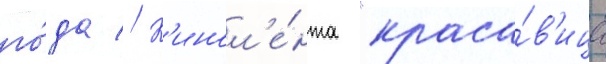
го́да // К'инол'е́нта "краса́в'ица